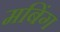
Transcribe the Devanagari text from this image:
मबिंग